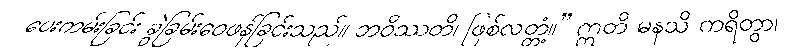
ပေးကမ်းခြင်း ခွဲခြမ်းဝေဖန်ခြင်းသည်။ ဘဝိဿတိ၊ ဖြစ်လတ္တံ့။” ဣတိ မနသိ ကရိတွာ၊